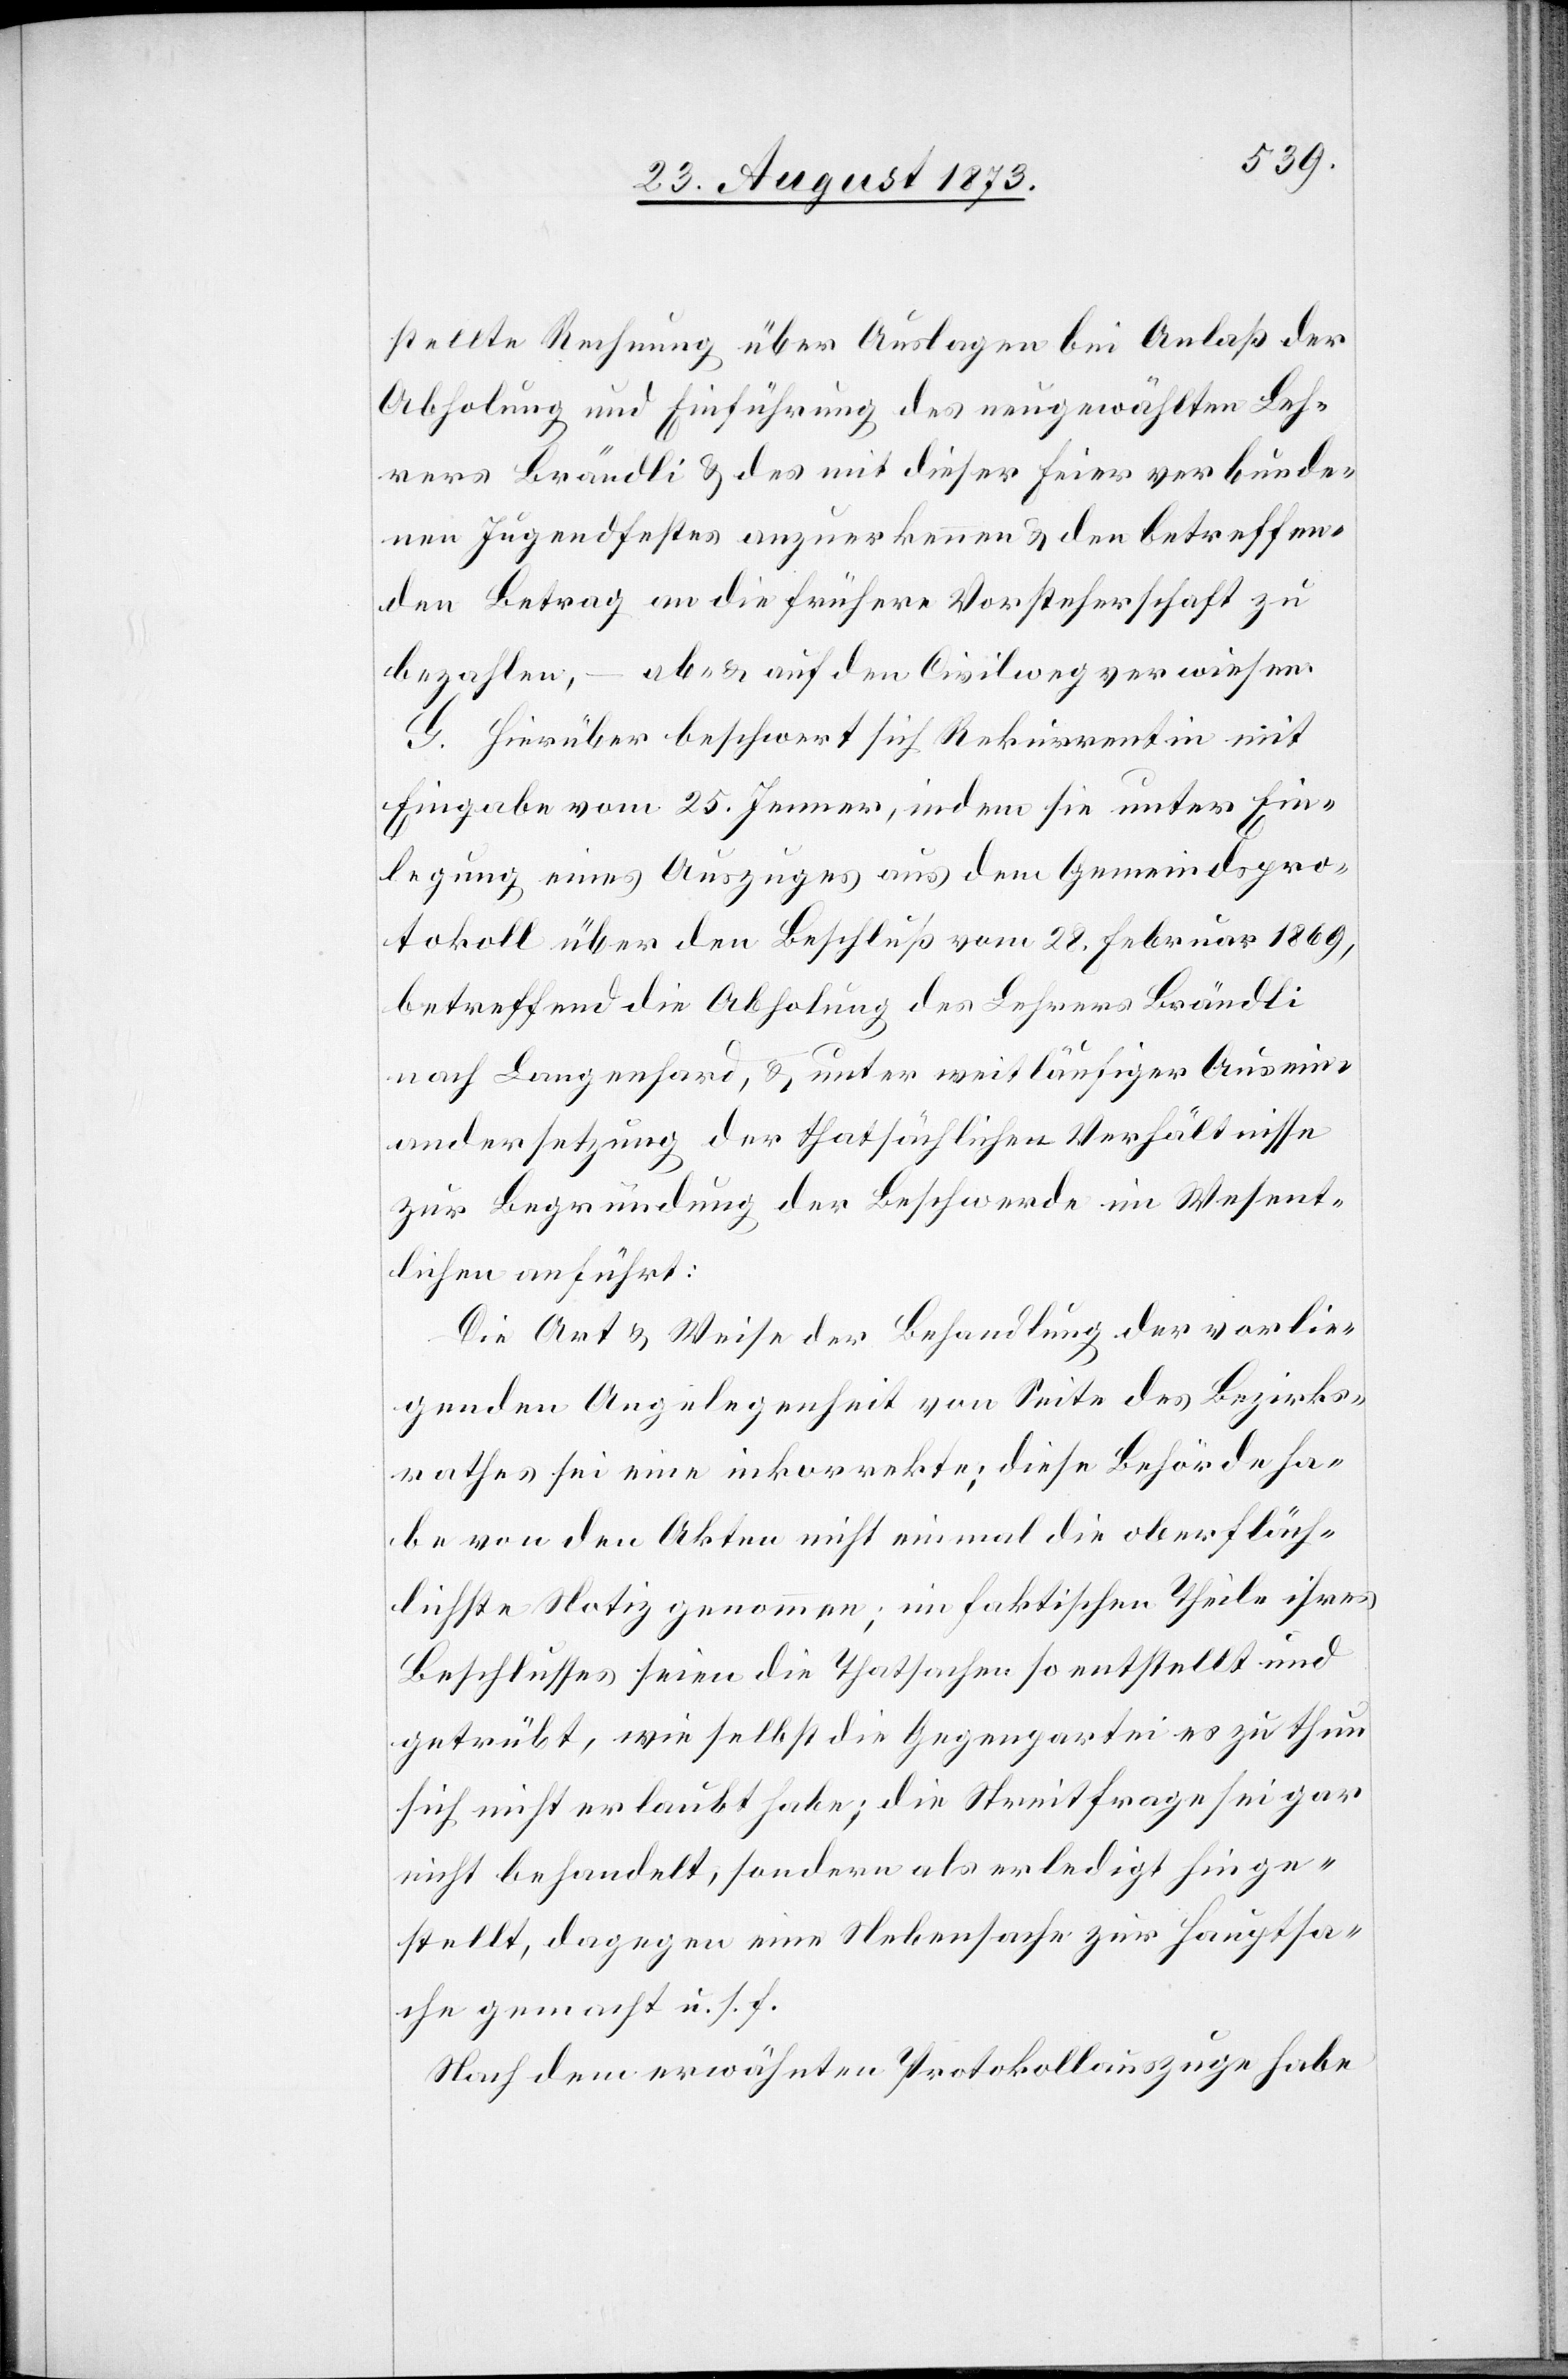
stellte Rechnung über Auslagen bei Anlaß der
Abholung und Einführung des neugewählten Leh¬
rers Brändli & des mit dieser Feier verbunde¬
nen Jugendfestes anzuerkennen & den betreffen¬
den Betrag an die frühere Vorsteherschaft zu
bezahlen, – ab- & auf den Civilweg verwiesen.
G. Hierüber beschwert sich Rekurrentin mit
Eingabe vom 25. Jenner, indem sie unter Ein¬
legung eines Auszuges aus dem Gemeindspro¬
tokoll über den Beschluß vom 28. Februar 1869,
betreffend die Abholung des Lehrers Brändli
nach Langenhard, & unter weitläufiger Ausein¬
andersetzung der thatsächlichen Verhältnisse
zur Begründung der Beschwerde im Wesent¬
lichen anführt:
Die Art & Weise der Behandlung der vorlie¬
genden Angelegenheit von Seite des Bezirks¬
rathes sei eine inkorrekte; diese Behörde ha¬
be von den Akten nicht einmal die oberfläch¬
lichste Notiz genommen; im faktischen Theile ihres
Beschlusses seien die Thatsachen so entstellt und
getrübt, wie selbst die Gegenpartei es zu thun
sich nicht erlaubt habe; die Streitfrage sei gar
nicht behandelt, sondern als erledigt hinge¬
stellt, dagegen eine Nebensache zur Hauptsa¬
che gemacht u. s. f.
Nach dem erwähnten Protokollauszuge habe